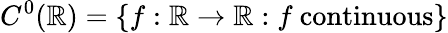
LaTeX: C^{0}(\mathbb{R})=\{ f:\mathbb{R}\to\mathbb{R}:f\ \mathrm{continuous}\}